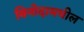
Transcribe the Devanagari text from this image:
विनोदामधील